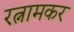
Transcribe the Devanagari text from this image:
रत्नामकर